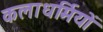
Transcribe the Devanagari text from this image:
कलाधर्मियों